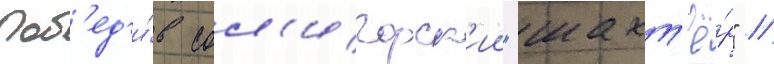
поб'ед'и́в сол'игорск'ии "шахт'ё́р" //